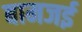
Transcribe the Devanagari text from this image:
बामजई